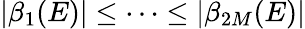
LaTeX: |\beta_{1}(E)|\le\cdots\le|\beta_{2M}(E)|